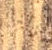
نزلنا